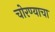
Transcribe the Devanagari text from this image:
चोरण्याचा